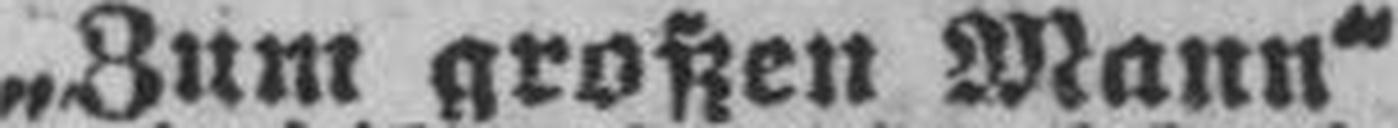
„Zum großen Mann“